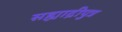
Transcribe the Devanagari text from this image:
सह्याद्रीपुत्र